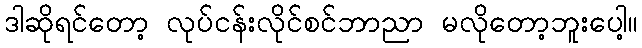
ဒါဆိုရင်တော့ လုပ်ငန်းလိုင်စင်ဘာညာ မလိုတော့ဘူးပေါ့။